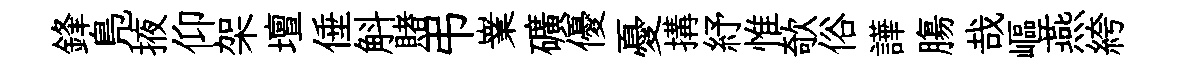
鋒鳬掖仰架壇倕斛賭弔嶪礦優憂搆紓惟欹俗譁膓哉嶇燕絝